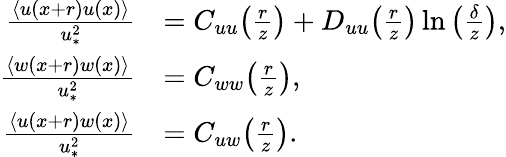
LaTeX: \begin{array}{rl}{\frac{\langle u(x+r)u(x)\rangle}{u_{\ast}^{2}}}&{=C_{uu}\! \left(\frac{r}{z}\right)+D_{uu}\! \left(\frac{r}{z}\right)\ln\left(\frac{\delta}{z}\right),}\\ {\frac{\langle w(x+r)w(x)\rangle}{u_{\ast}^{2}}}&{=C_{ww}\! \left(\frac{r}{z}\right),}\\ {\frac{\langle u(x+r)w(x)\rangle}{u_{\ast}^{2}}}&{=C_{uw}\! \left(\frac{r}{z}\right).}\end{array}